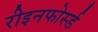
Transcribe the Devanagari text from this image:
रीइनफोर्स्ड